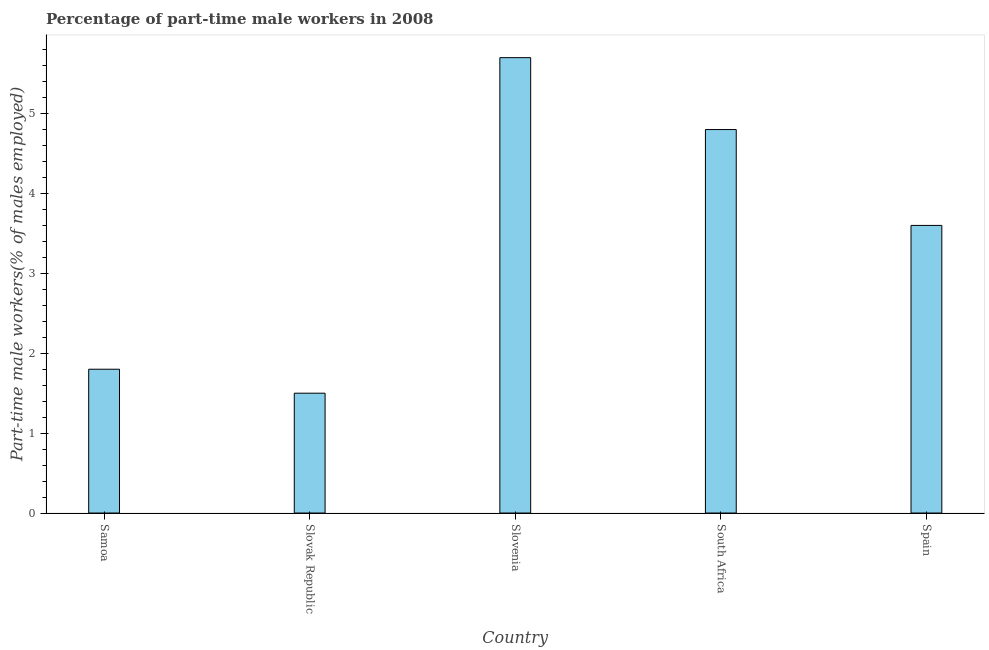
| Country | Part time employment |
 | --- | --- |
 | Samoa | 1.8 |
 | Slovak Republic | 1.5 |
 | Slovenia | 5.7 |
 | South Africa | 4.8 |
 | Spain | 3.6 |